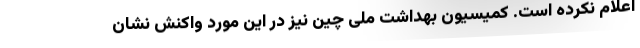
اعلام نکرده است. کمیسیون بهداشت ملی چین نیز در این مورد واکنش نشان